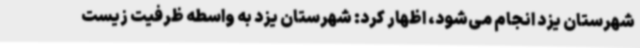
شهرستان یزد انجام می‌شود، اظهار کرد: شهرستان یزد به واسطه ظرفیت زیست